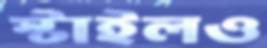
স্টাইলও